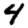
Digit: 4